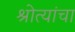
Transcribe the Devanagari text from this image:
श्रोत्यांचा